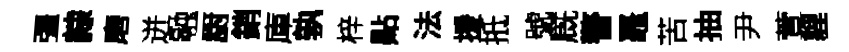
彊隷磨迸融厨銷庫孰梓點法援抵號廐警鼉苦抽尹萱貍